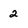
Character: 2